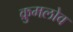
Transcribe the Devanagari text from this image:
क्रुमलोव